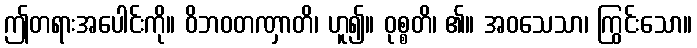
ဤတရားအပေါင်းကို။ ဝိဘဝတဏှာတိ၊ ဟူ၍။ ဝုစ္စတိ၊ ၏။ အဝသေသာ၊ ကြွင်းသော။